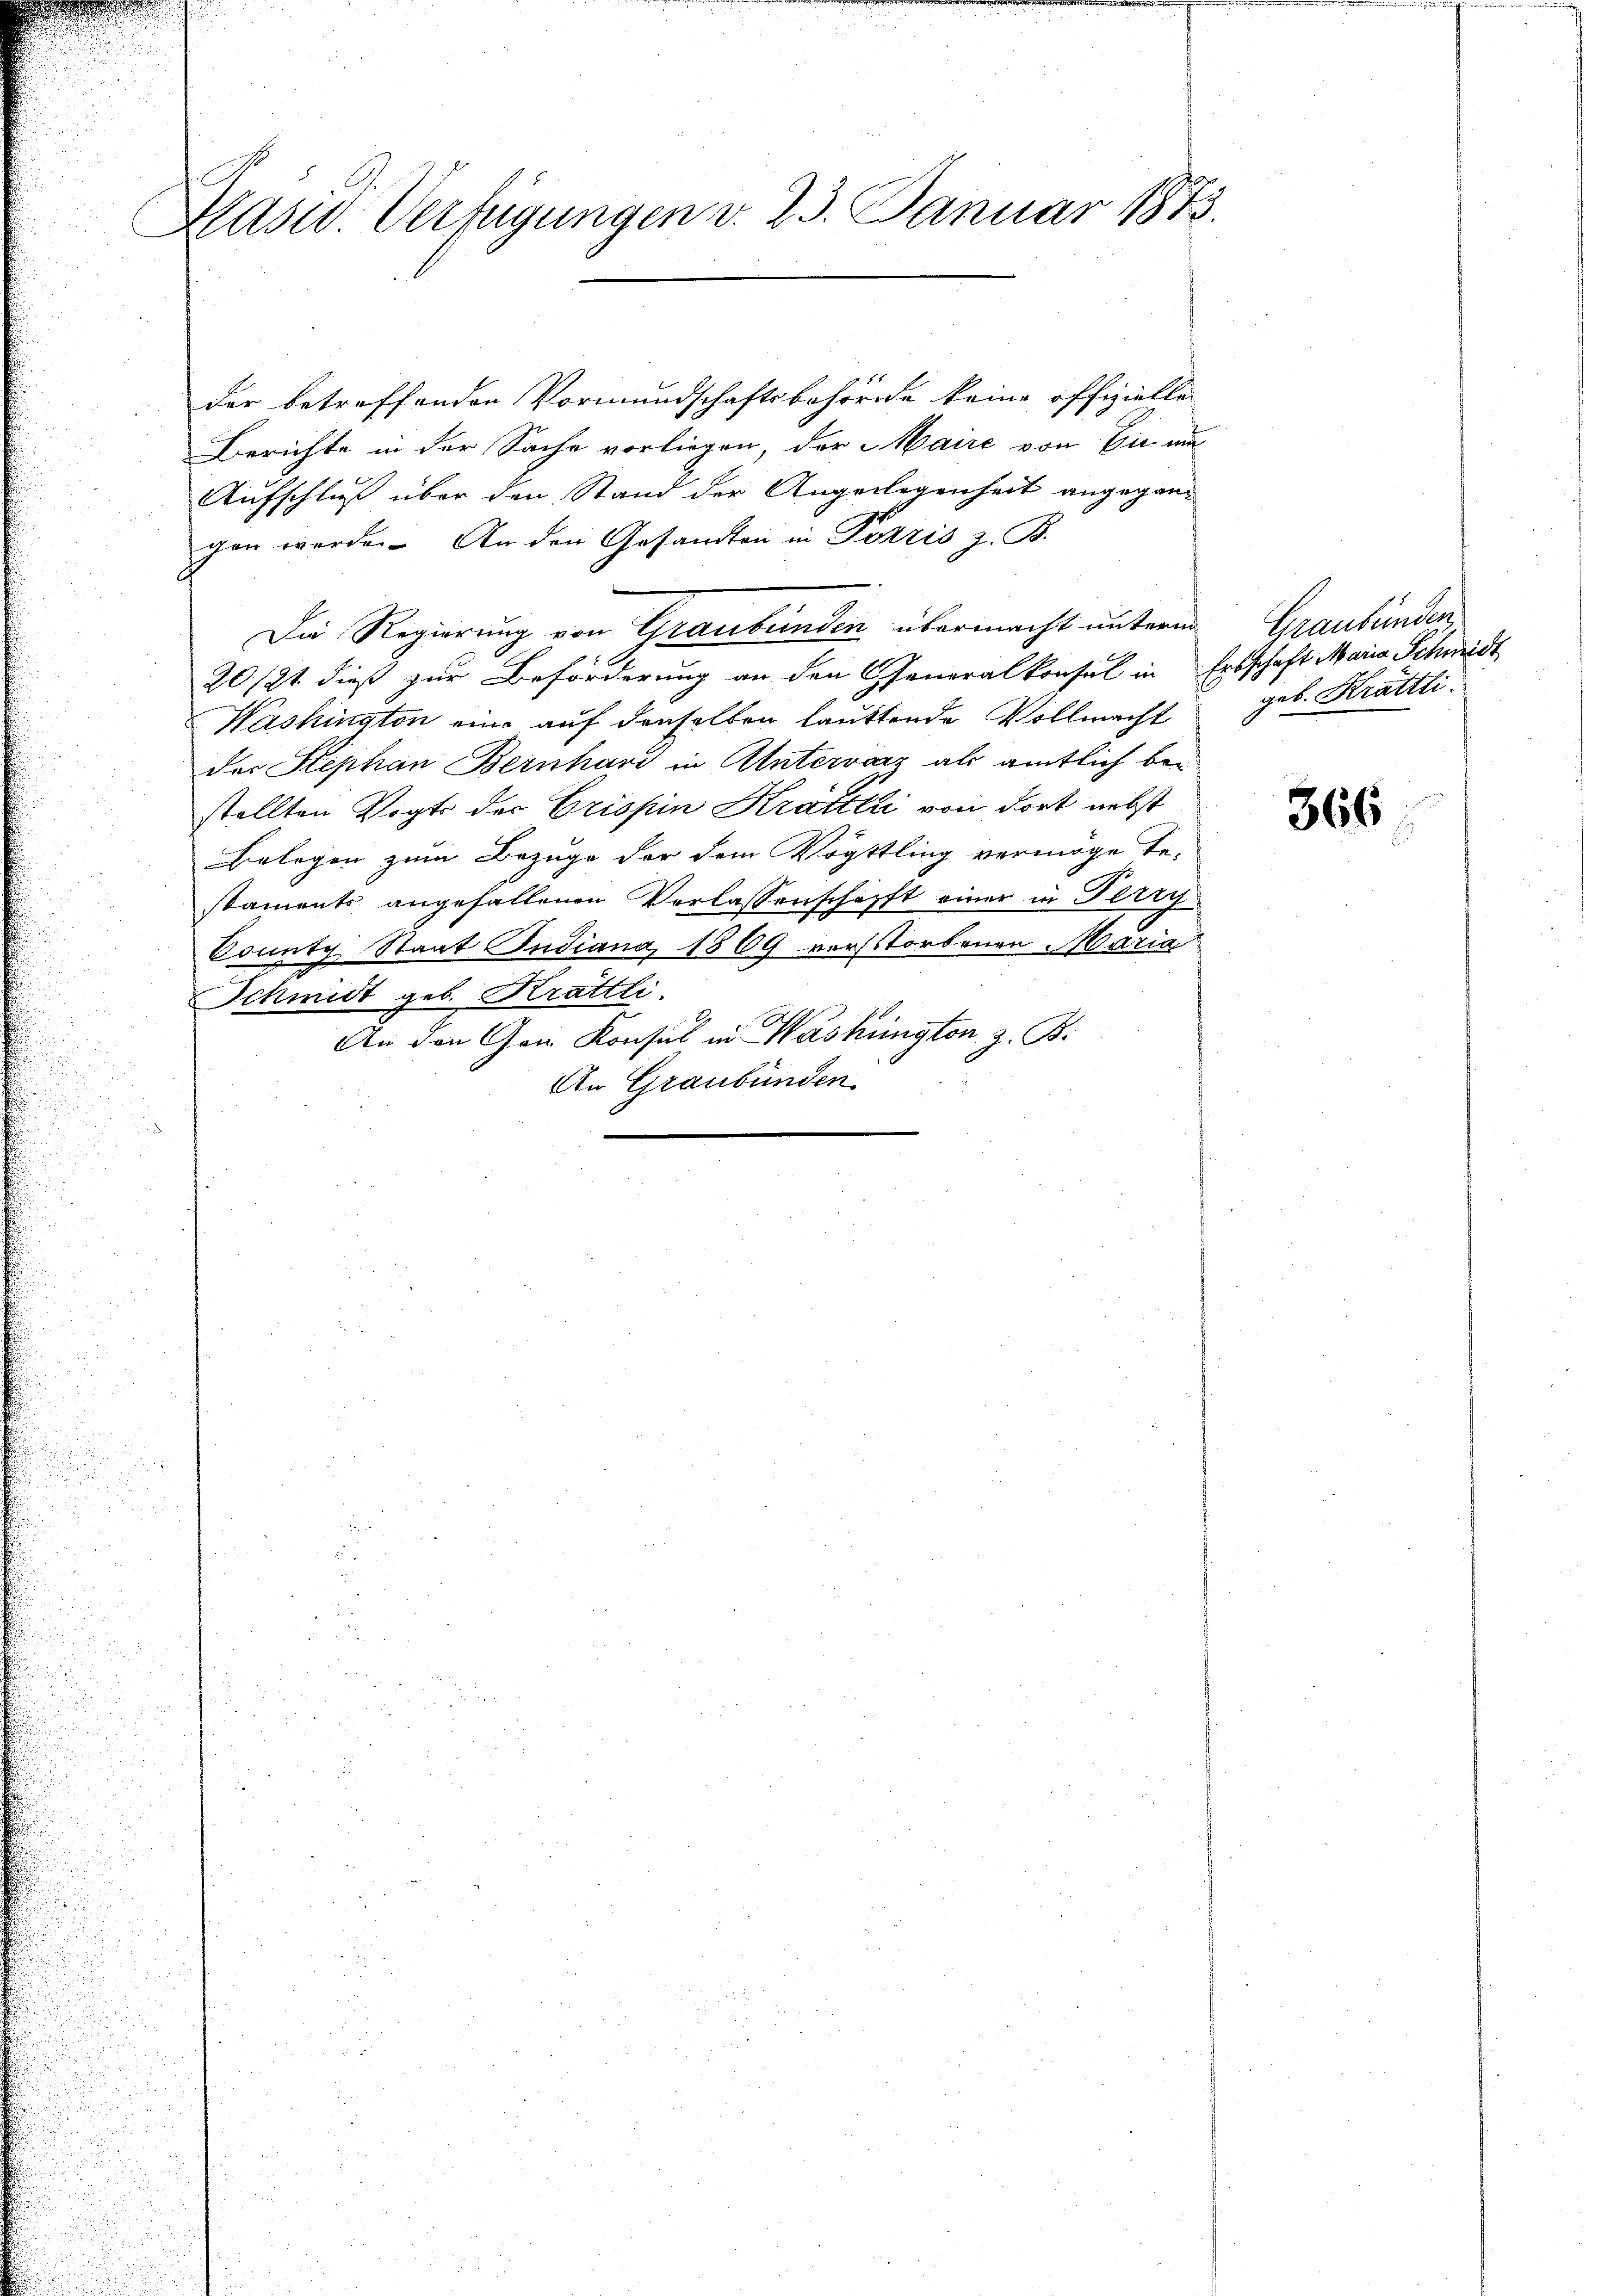
Brasid. Verfügungen v. 23. Januar 1873.

der betreffenden Vormundschaftsbehörde keine offizielle
Berichte in der Sache vorliegen, der Maire von Ein um
Aufschluß über den Stand der Angelegenheit angegan-
gen werde. An den Gesandten in Pozzis z. B.
20/21 dieß zur Beförderung an den Generalkonsul in Erbschaft Maria Schmidt
Washington eine auf denselben lautende Vollmacht
der Stephan Bernhard in Antervanz als amtlich bestellten Vogts der Crispin Krattli von dort nebst
Belegen zum Bezuge der dem Vögtling vermöge te-
staments angefallenen Verlassenschafft einer in Terry
Sonnte Staat Judiana, 1869 vorstorbenen Maria
Schmidt geb. Krättli.
An den Gen Konsul in Washington z. B.
An Graubünden.

Die Regierung von Graubünden übermacht unterm Graubünden

geb. Krattli.

366.